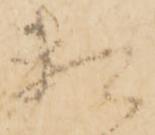
頼